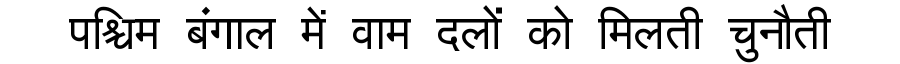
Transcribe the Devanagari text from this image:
पश्चिम बंगाल में वाम दलों को मिलती चुनौती